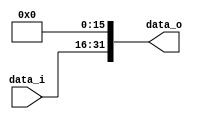
module Zero_Filled( data_i, data_o );

//I/O ports
input	[16-1:0] data_i;
output	[32-1:0] data_o;

//Internal Signals
wire	[32-1:0] data_o;

//Zero_Filled
assign data_o[16-1:0]=16'd0;
assign data_o[32-1:16]=data_i;



endmodule